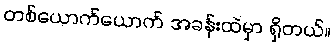
တစ်ယောက်ယောက် အခန်းထဲမှာ ရှိတယ်။